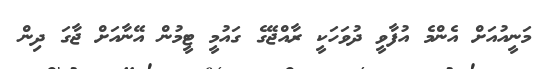
މަނީއުއަށް އެންމެ އުފާވީ ދުވަހަކީ ރާއްޖޭގެ ގައުމީ ޓީމުން އޭނާއަށް ޖާގަ ދިން